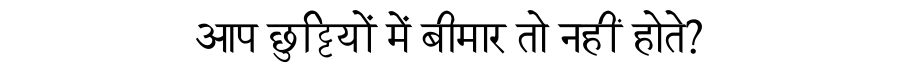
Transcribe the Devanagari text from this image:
आप छुट्टियों में बीमार तो नहीं होते?